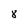
Character: 8